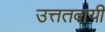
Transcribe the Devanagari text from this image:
उत्ततदायी